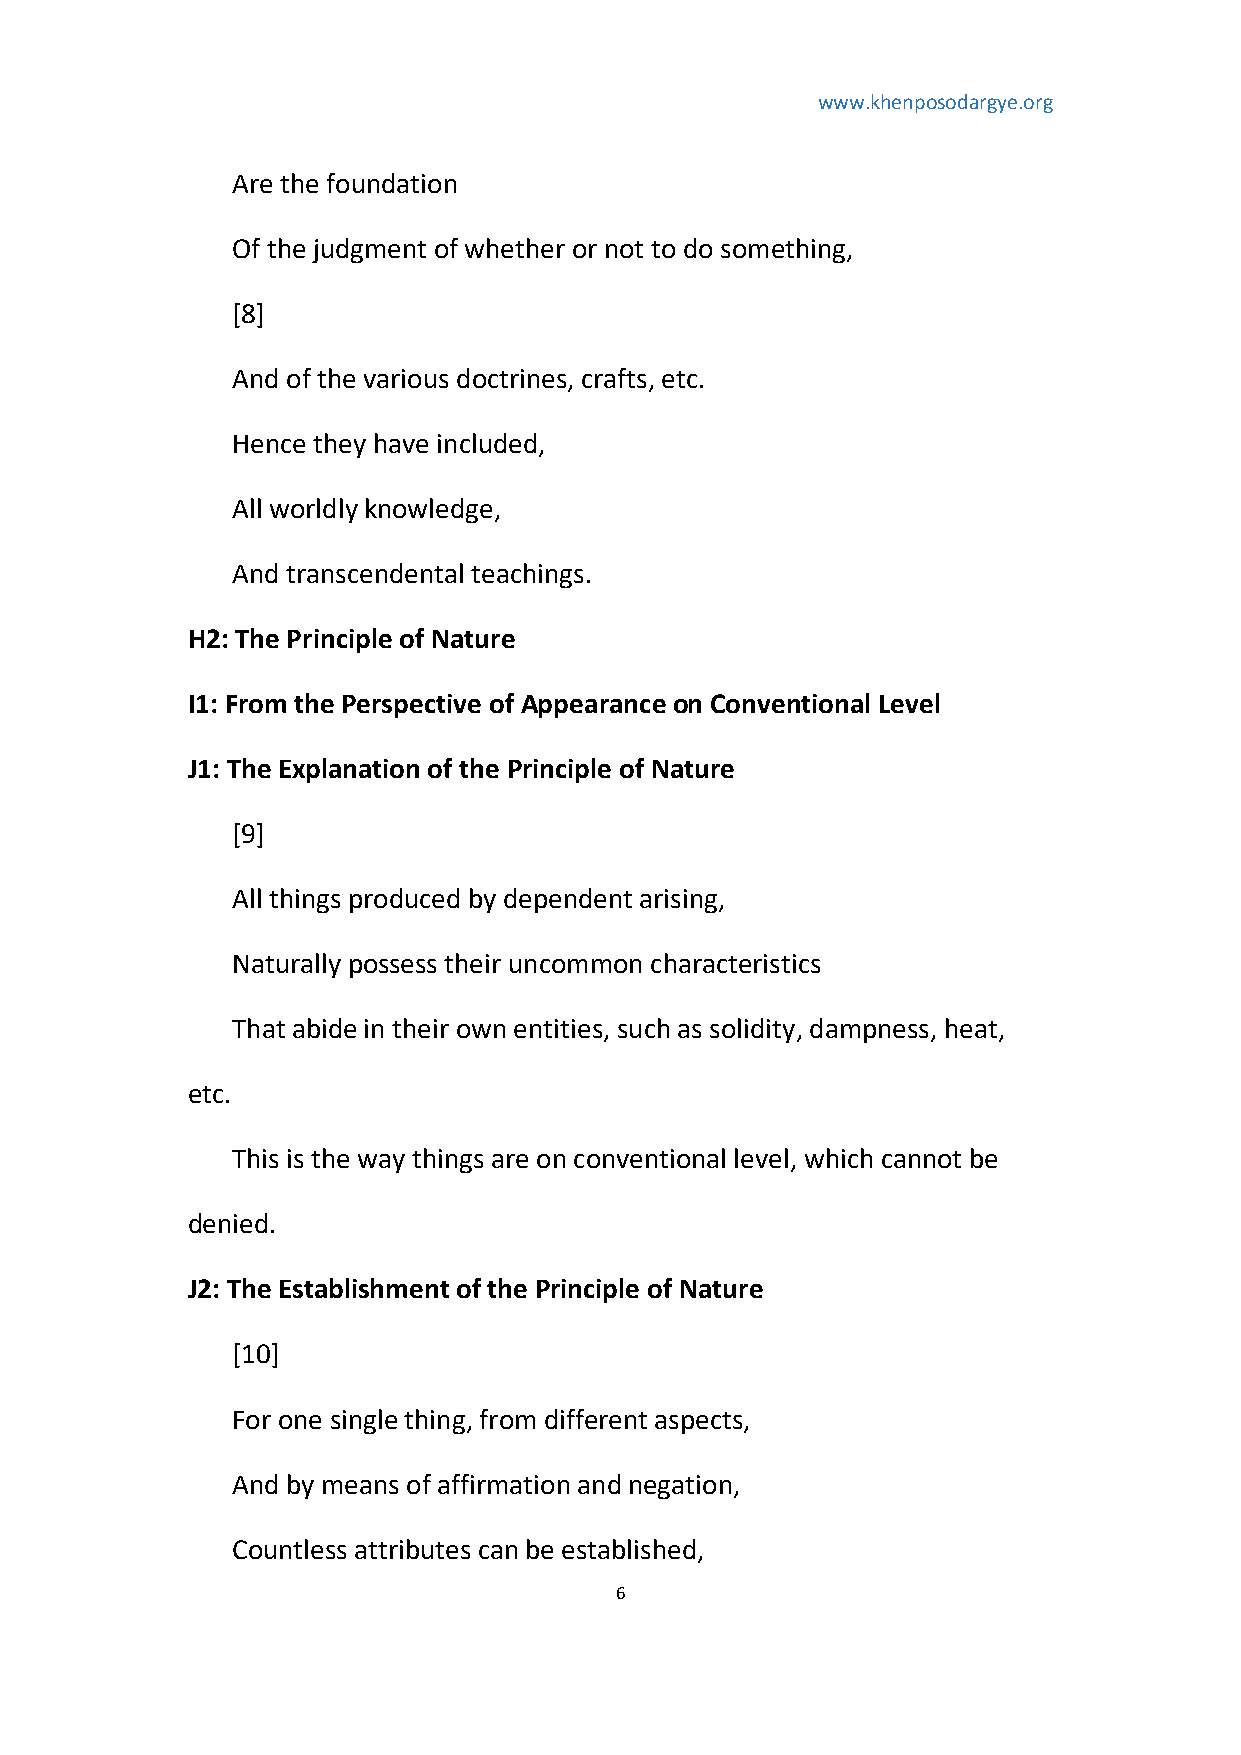
www.khenposodargye.org
 Are the foundation
 Of the judgment of whether or not to do something,
 [8]
 And of the various doctrines, crafts, etc.
 Hence they have included,
 All worldly knowledge,
 And transcendental teachings.
 H2: The Principle of Nature
 I1: From the Perspective of Appearance on Conventional Level
 J1: The Explanation of the Principle of Nature
 [9]
 All things produced by dependent arising,
 Naturally possess their uncommon characteristics
 That abide in their own entities, such as solidity, dampness, heat,
 etc.
 This is the way things are on conventional level, which cannot be
 denied.
 J2: The Establishment of the Principle of Nature
 [10]
 For one single thing, from different aspects,
 And by means of affirmation and negation,
 Countless attributes can be established,
 6